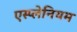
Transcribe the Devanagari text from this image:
एस्प्लेनियम